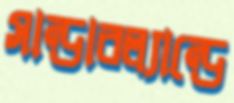
সান্ডারল্যান্ডে